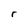
Character: Y